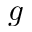
g